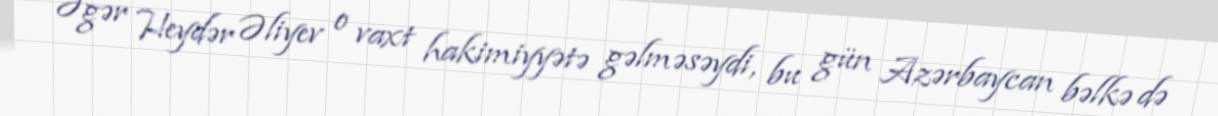
Əgər Heydər Əliyev o vaxt hakimiyyətə gəlməsəydi, bu gün Azərbaycan bəlkə də